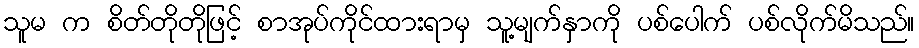
သူမ က စိတ်တိုတိုဖြင့် စာအုပ်ကိုင်ထားရာမှ သူ့မျက်နှာကို ပစ်ပေါက် ပစ်လိုက်မိသည်။